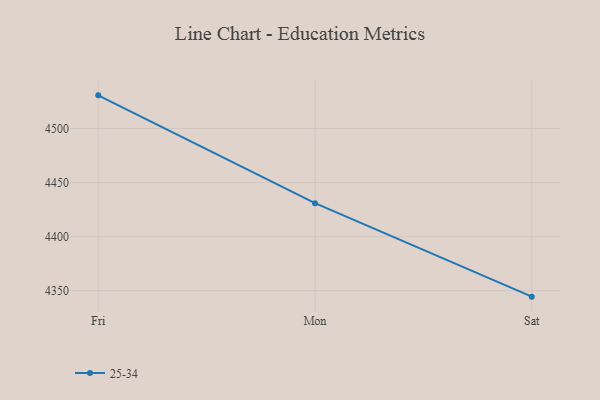
{"axis": {"x": "Day", "y": "Backlog"}, "legend": ["25-34"], "data": [{"x": "Fri", "y": 4530.7, "type": "25-34"}, {"x": "Mon", "y": 4431.0, "type": "25-34"}, {"x": "Sat", "y": 4344.5, "type": "25-34"}]}